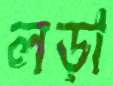
লড়া